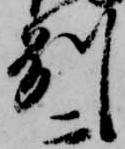
州